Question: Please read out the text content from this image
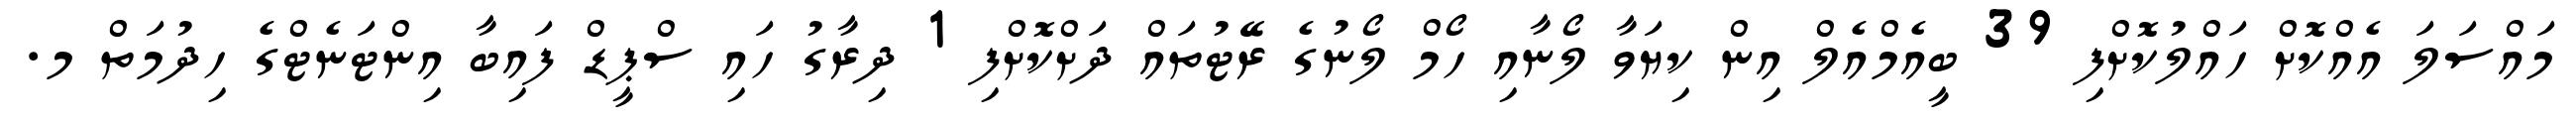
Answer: މައްސަލަ އެއްކޮށް ހައްލުކޮށްފި 39 ބީއެމްއެލް އިން ކިޔަވާ ލޯނާއި ހޯމް ލޯނުގެ ރޭޓުތައް ދަށްކޮށްފި 1 ދިރާގު ހައި ސްޕީޑް ފައިބާ އިންޓަނެޓްގެ ހިދުމަތް މ.